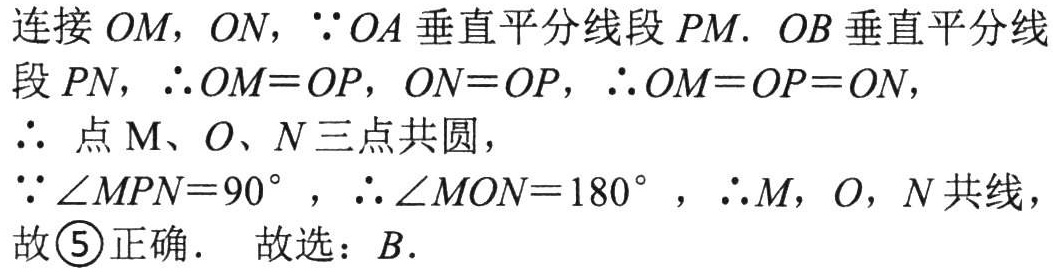
连接 \(OM\)，\(ON\)，\(\because OA\) 垂直平分线段 \(PM\). \(OB\) 垂直平分线段 \(PN\)，\(\therefore OM = OP\)，\(ON = OP\)，\(\therefore OM = OP = ON\)，
\(\therefore\) 点 \(M、O、N\) 三点共圆，
\(\because\angle MPN = 90^{\circ}\)，\(\therefore\angle MON = 180^{\circ}\)，\(\therefore M\)，\(O\)，\(N\) 共线，
故 \textcircled{5}正确． 故选：\(B\)．